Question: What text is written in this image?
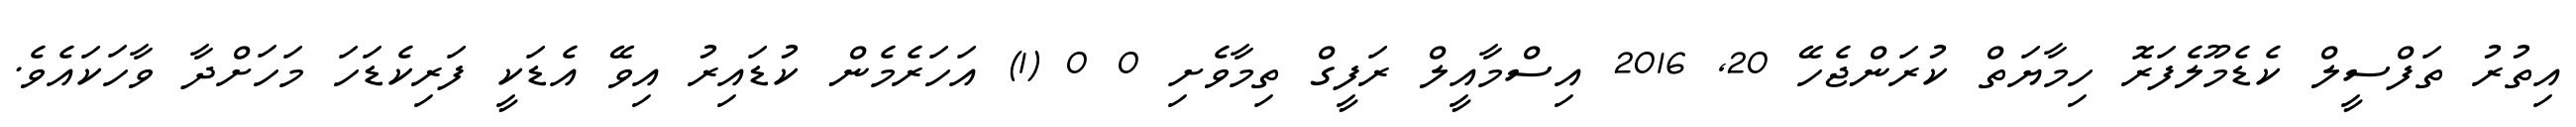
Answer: އިތުރު ތަފްސީލް ކެޑެމޫލެފަރޮ ހިމާޔަތް ކުރަންޖެހޭ 20, 2016 އިސްމާއީލް ރަފީގް ތިމާވެށި 0 0 (1) އަހަރެމެން ކުޑައިރު އިވޭ އެޑަކީ ފަރިކެޑަހަ މަހަށްދާ ވާހަކައެވެ.